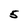
Character: 5